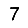
Digit: 7